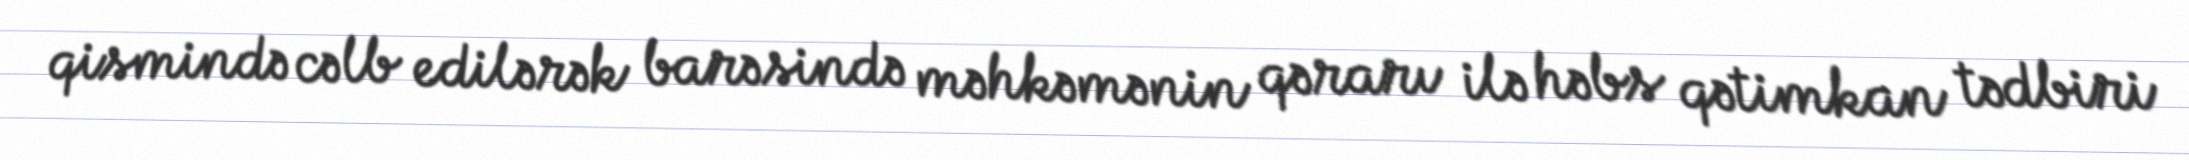
qismində cəlb edilərək barəsində məhkəmənin qərarı ilə həbs qətimkan tədbiri